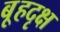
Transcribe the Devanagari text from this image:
बृ्हदृक्ष